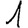
Digit: 1